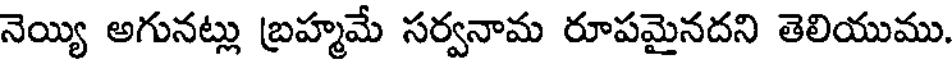
నెయ్యి అగునట్లు బ్రహ్మమే సర్వనామ రూపమైనదని తెలియుము.